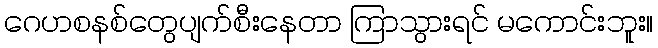
ဂေဟစနစ်တွေပျက်စီးနေတာ ကြာသွားရင် မကောင်းဘူး။